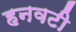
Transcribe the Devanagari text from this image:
हनवटी